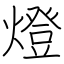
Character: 燈